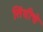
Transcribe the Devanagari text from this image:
सिंधीचे